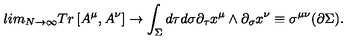
l i m _ { N \rightarrow \infty } T r \left[ A ^ { \mu } , A ^ { \nu } \right] \rightarrow \int _ { \Sigma } d \tau d \sigma \partial _ { \tau } x ^ { \mu } \wedge \partial _ { \sigma } x ^ { \nu } \equiv \sigma ^ { \mu \nu } ( \partial \Sigma ) .